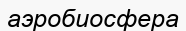
аэробиосфера